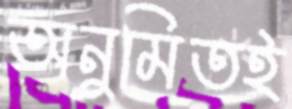
অনুমিতই